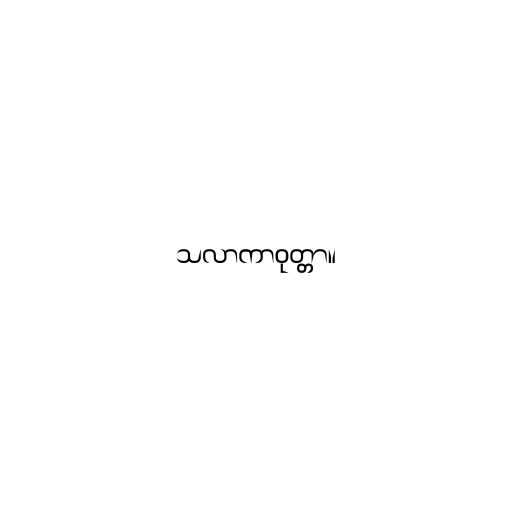
သလာကာဝုတ္တာ။